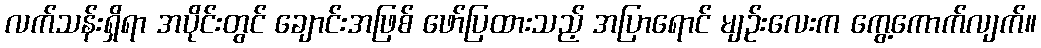
လက်သန်းရှိရာ အပိုင်းတွင် ချောင်းအဖြစ် ဖော်ပြထားသည့် အပြာရောင် မျဉ်းလေးက ကွေ့ကောက်လျက်။